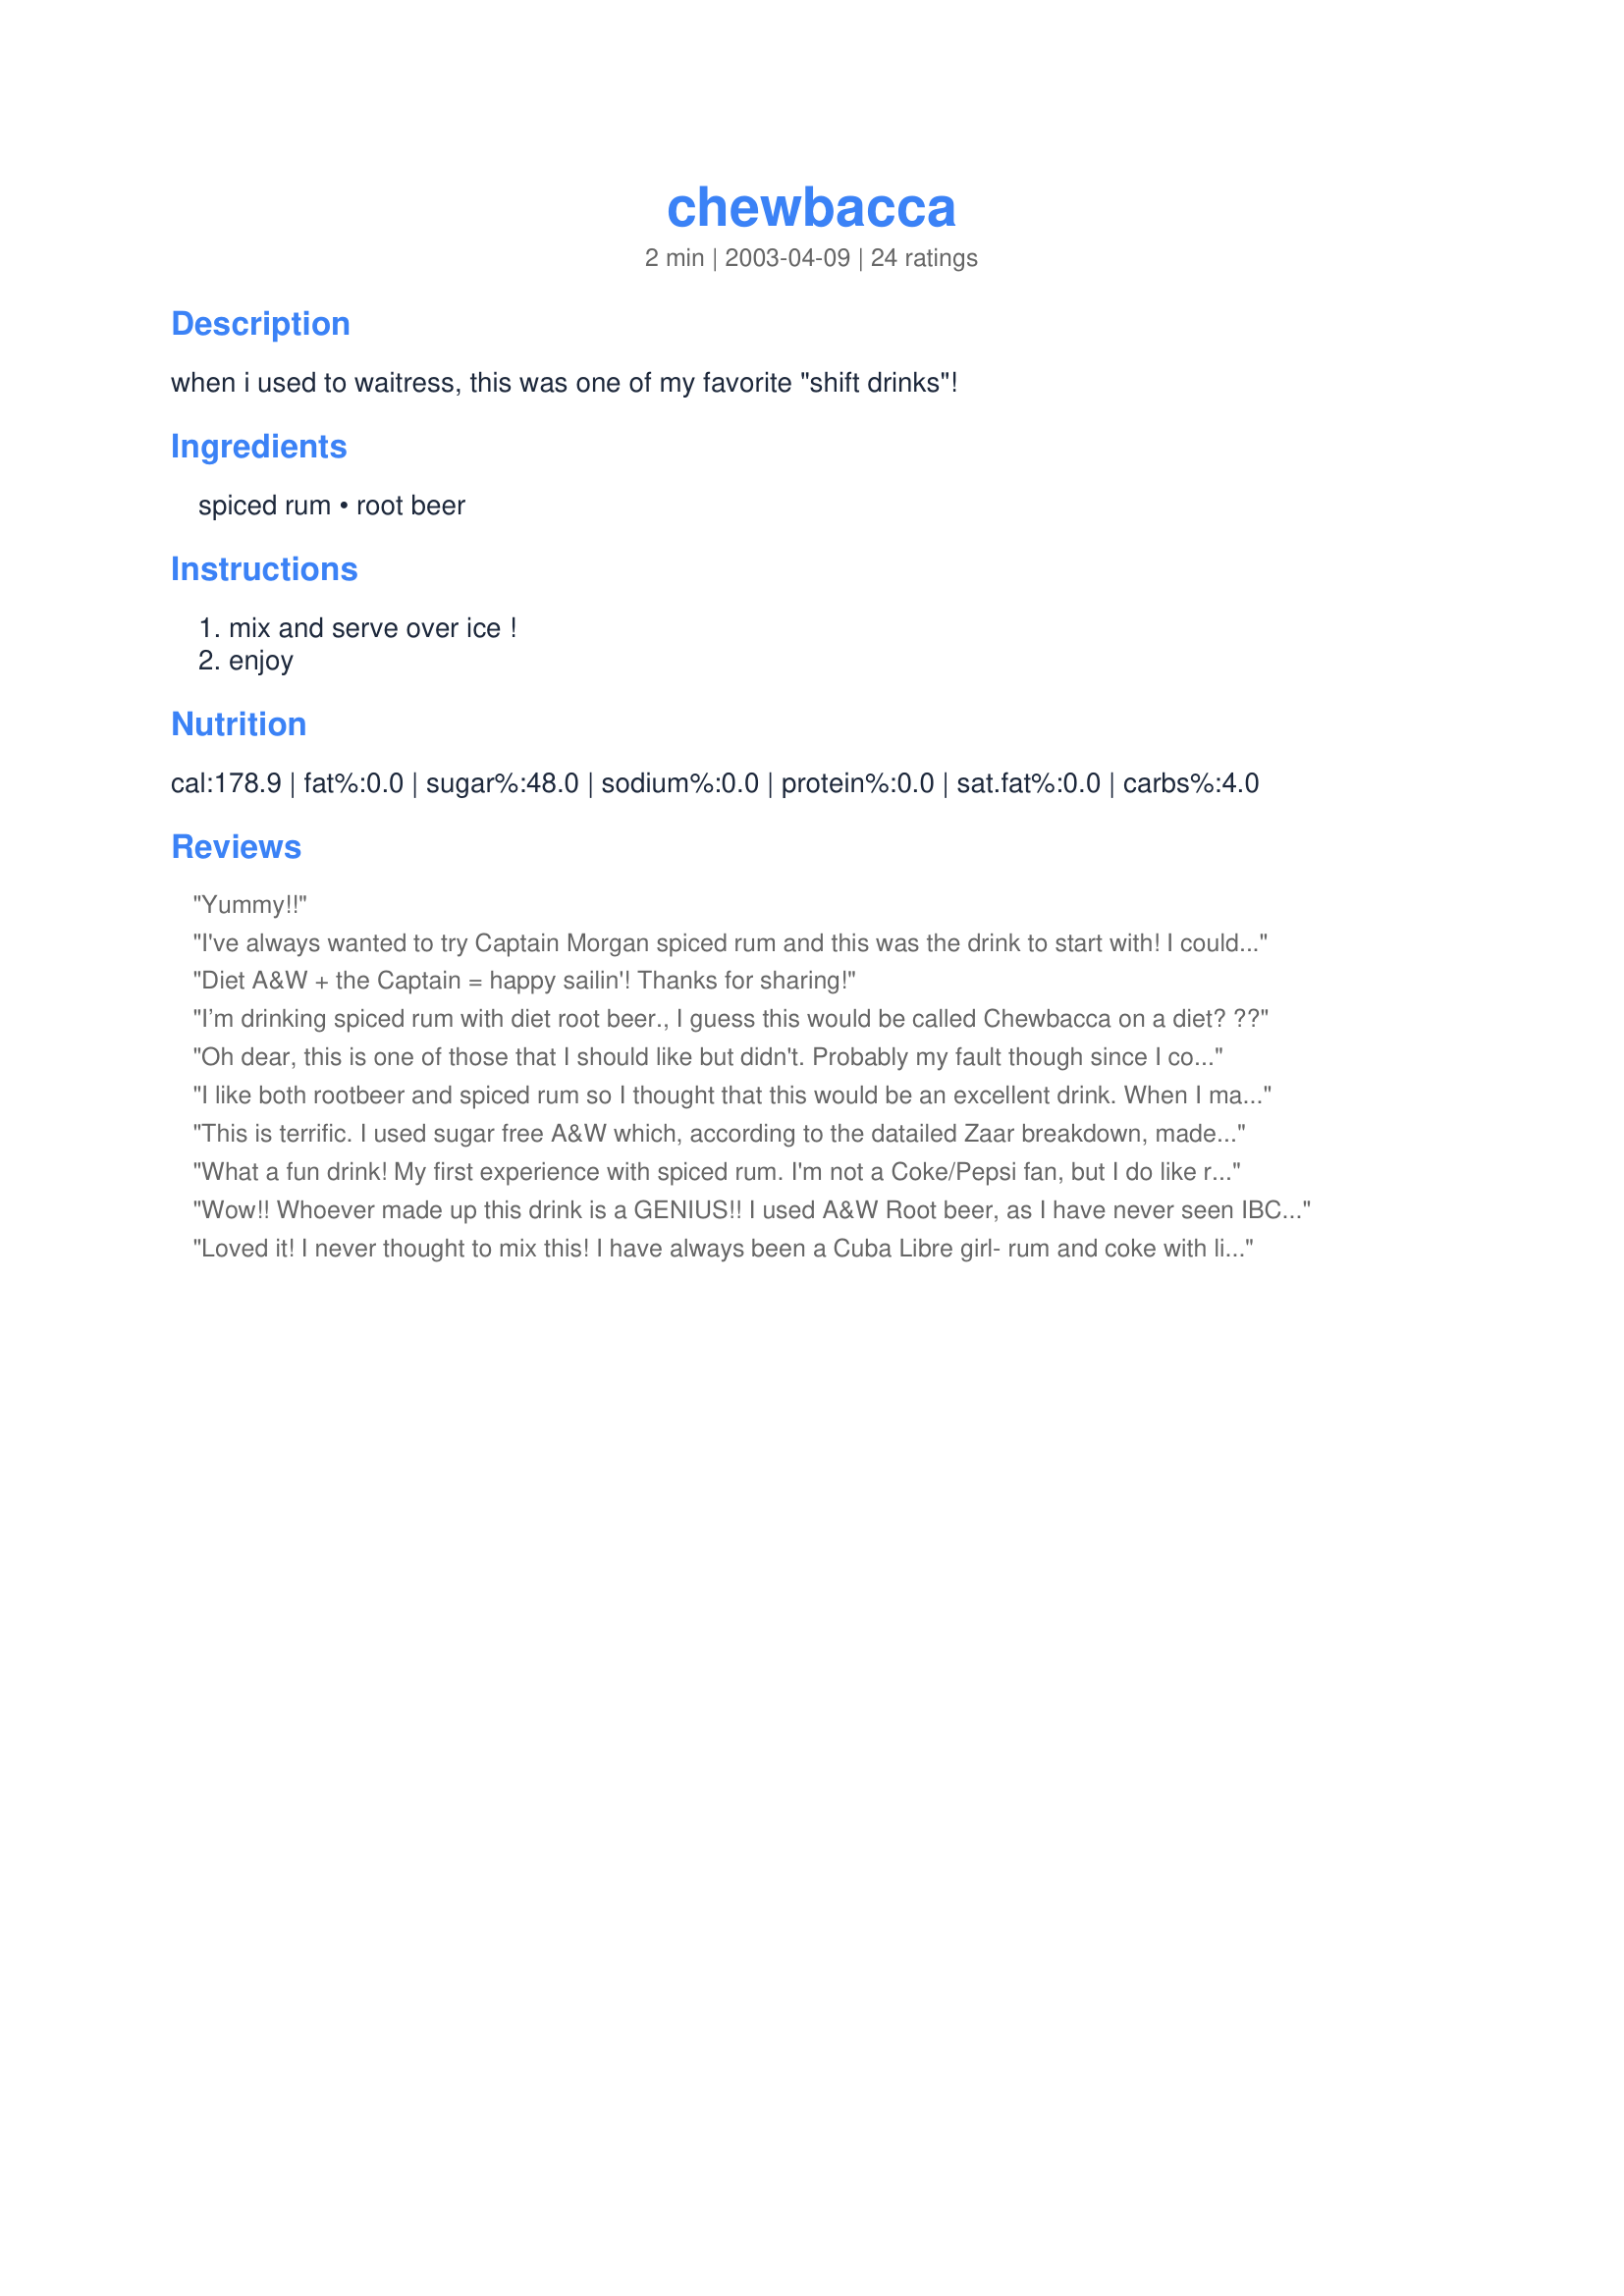
chewbacca
Preparation time: 2 minutes

when i used to waitress, this was one of my favorite "shift drinks"!

Ingredients:
spiced rum, root beer

Steps:
mix and serve over ice !, enjoy

Reviews:
Yummy!!
I've always wanted to try Captain Morgan spiced rum and this was the drink to start with! I couldn't find ibc root beer, so used A&W. This was sneaky because we really couldn't taste the rum. Thanks Kim for another nice recipe.
Diet A&W + the Captain = happy sailin'! Thanks for sharing!
I’m drinking spiced rum with diet root beer., I guess this would be called Chewbacca on a diet? ??
Oh dear, this is one of those that I should like but didn't. Probably my fault though since I couldn't find spiced rum so I used dark rum and I used diet A&W. Thank you for posting Kim. Made for Cookbook Tag, please see my rating system as I rate tougher than most.
I like both rootbeer and spiced rum so I thought that this would be an excellent drink. When I made it I thought that it was good but not quite what I had thought that it would be. I may try again with a different brand of rootbeer. I used diet A&W.
This is terrific. I used sugar free A&W which, according to the datailed Zaar breakdown, made this a completly sugar free drink. Yummm, what a great find.
What a fun drink! My first experience with spiced rum. I'm not a Coke/Pepsi fan, but I do like root beer. The rum and the root beer complement each other. I'm not really sure how to describe the taste - neither was overpowering. It's a cliche, but try it - you'll like it! Thank you Kim!
Wow!! Whoever made up this drink is a GENIUS!!
I used A&W Root beer, as I have never seen IBC, but who cares??? This is a great drink, and it was all night.... up until 2 a.m. ;)
We all agreed it was a 5 star!
Thanks Kim!
Loved it! I never thought to mix this! I have always been a Cuba Libre girl- rum and coke with lime! This was a very nice change! Thanks for sharing Kim!
Who'da thunk it? This is a great combination! The Captain and I have always had a great love affair and now we've spiced it up a bit and broken from the ol' Coke routine. I discovered this recipe as part of Spring '07 PAC and I'll definitely be making this again!
This was a REALLY good drink ~ and I was skeptical about the root beer but it was great ~ I used diet IBC! Thanks Kim127, made for ZWT5, Bodacious Brickhouse Babes.
My DH really liked this drink, and we actually found IBC Rootbeer which I'd never had...I loved the root beer. The drink wasn't for me though, I'd never had Captain Morgans and didn't care for it. That said, if you like Captain Morgan's this drink is for you!!
This is definetly a 5 star.Will make again
LOL This is a typical weekend at home for us. Who knew this drink had a name? Can't wait to tell my friends we've been drinking Chewbaccas all the time. All I can say is try it, it's a bit better then your rum N' coke.
YUM! Im all about simple drinks and this is definitely one! I have never had spiced rum but I enjoyed it. Went down smooth! Thanks for a repeat recipe:)
10 stars. . .fabulous. So much better than Captain and Coke and WHO KNEW!!!!! Captian and Coke was my drink of choice for about 3 years and I can't believe this is SO much better. I used diet A&W root beer. THANKS! Made for my teammate for ZWT5.
Mixed just right you can't tell there's any captain. I used mug root beer. It's like the ice picks I use to drink in Okinawa (vodka and sweet tea) mixed just right you'll drink 3 pitchers before it hits you like a train.
My goodness!
Gotta add it to my "who'd ever athunk it group!!
The flavors are great together! I always associate both Captain Morgans and root beer with fun, and this just puts them together in a very fun way!
Probably not something I would serve at a black tie affair, but definately something I will enjoy again and again!!
Thanks for posting!
This made such a nice refrehing drink. I used sugar free Hansen's Creamy Root Beer. I'll be making these often.
My favorite drink! I usually order this when I go out. Didn't know it had a name though! I always just ask for captain and rootbeer!
Rum and Root Beer, Yesssss!
I wasn't sure if I would like this as I hadn't had captain morgan before and I really enjoyed it!! I too used diet A & W rootbeer and this was a tasty drink!!! Made for Stars Tag!!
Yummy! This was great. I remember drinking something like this during my waitressing days too but with a different name. Brings back good memories!
